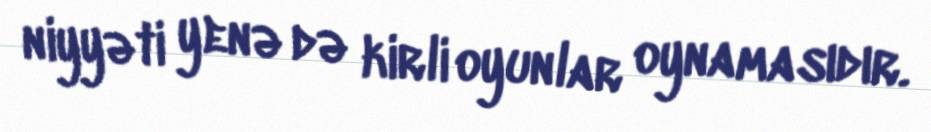
niyyəti yenə də kirli oyunlar oynamasıdır.